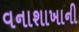
વનાશાખાની